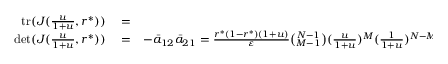
\begin{array} { r l r } { \mathrm { t r } ( J ( \frac { u } { 1 + u } , r ^ { * } ) ) } & { { } = } & { \bar { a } _ { 1 1 } < 0 , } \\ { \mathrm { d e t } ( J ( \frac { u } { 1 + u } , r ^ { * } ) ) } & { { } = } & { - \bar { a } _ { 1 2 } \bar { a } _ { 2 1 } = \frac { r ^ { * } ( 1 - r ^ { * } ) ( 1 + u ) } { \varepsilon } \binom { N - 1 } { M - 1 } ( \frac { u } { 1 + u } ) ^ { M } ( \frac { 1 } { 1 + u } ) ^ { N - M + 1 } b > 0 . } \end{array}